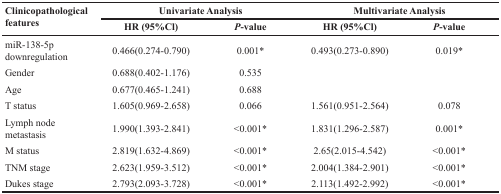
<table><thead><tr><td rowspan="2"><b>Clinicopathological features</b></td><td colspan="2"><b>Univariate Analysis</b></td><td colspan="2"><b>Multivariate Analysis</b></td></tr><tr><td><b>HR (95%Cl)</b></td><td><b><i>P</i>-value</b></td><td><b>HR (95%Cl)</b></td><td><b><i>P</i>-value</b></td></tr></thead><tbody><tr><td>miR-138-5p downregulation</td><td>0.466(0.274-0.790)</td><td>0.001*</td><td>0.493(0.273-0.890)</td><td>0.019*</td></tr><tr><td>Gender</td><td>0.688(0.402-1.176)</td><td>0.535</td><td></td><td></td></tr><tr><td>Age</td><td>0.677(0.465-1.241)</td><td>0.688</td><td></td><td></td></tr><tr><td>T status</td><td>1.605(0.969-2.658)</td><td>0.066</td><td>1.561(0.951-2.564)</td><td>0.078</td></tr><tr><td>Lymph node metastasis</td><td>1.990(1.393-2.841)</td><td>&lt;0.001*</td><td>1.831(1.296-2.587)</td><td>0.001*</td></tr><tr><td>M status</td><td>2.819(1.632-4.869)</td><td>&lt;0.001*</td><td>2.65(2.015-4.542)</td><td>&lt;0.001*</td></tr><tr><td>TNM stage</td><td>2.623(1.959-3.512)</td><td>&lt;0.001*</td><td>2.004(1.384-2.901)</td><td>&lt;0.001*</td></tr><tr><td>Dukes stage</td><td>2.793(2.093-3.728)</td><td>&lt;0.001*</td><td>2.113(1.492-2.992)</td><td>&lt;0.001*</td></tr></tbody></table>